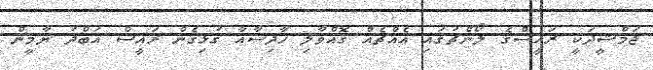
ޖަމްޝީދަކީ ރައީސްގެ ލޯންޗުގައި އެއްޗެއް ގޮއްވާލި ހާދިސާއާ ގުޅިގެން ރައީސް އަބްދު ޔާމީން